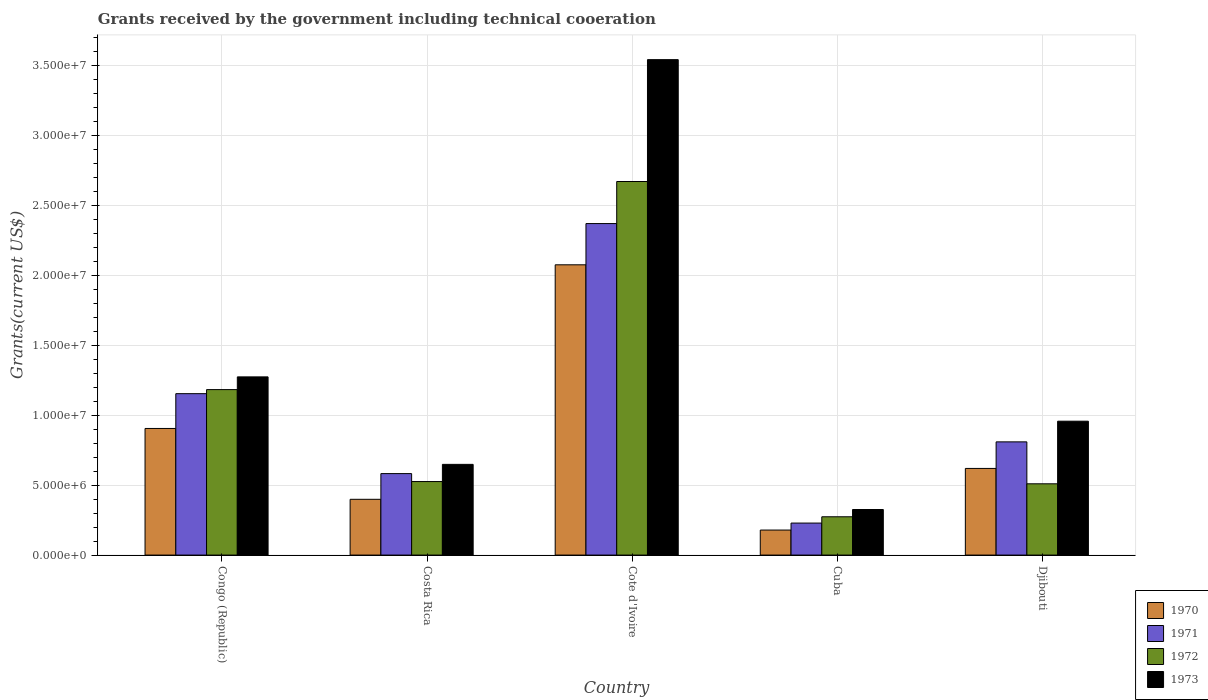
| Country | 1970 | 1971 | 1972 | 1973 |
 | --- | --- | --- | --- | --- |
 | Congo (Republic) | 9.06e+06 | 1.16e+07 | 1.18e+07 | 1.28e+07 |
 | Costa Rica | 3.99e+06 | 5.83e+06 | 5.26e+06 | 6.49e+06 |
 | Cote d'Ivoire | 2.08e+07 | 2.37e+07 | 2.67e+07 | 3.54e+07 |
 | Cuba | 1.79e+06 | 2.29e+06 | 2.74e+06 | 3.26e+06 |
 | Djibouti | 6.2e+06 | 8.1e+06 | 5.1e+06 | 9.58e+06 |